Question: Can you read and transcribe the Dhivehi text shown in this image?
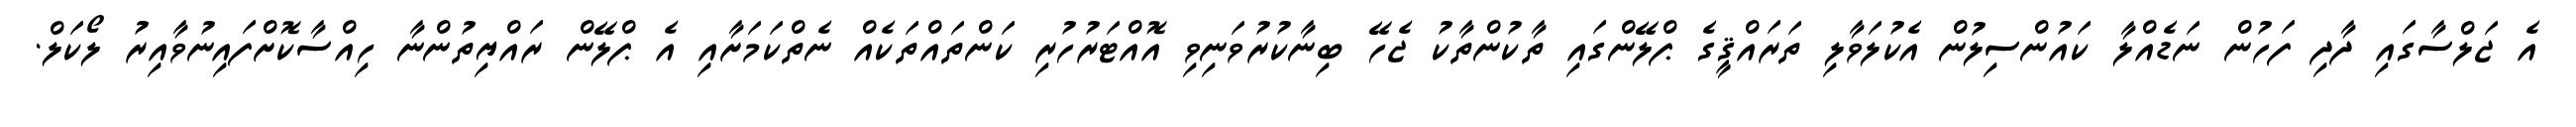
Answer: އެ ޖަލްސާގައި ދާދި ފަހުން ނަޑެއްލާ ކައުންސިލުން އެކުލަވާލި ތަރައްޤީގެ ޕްލޭންގައި ތާކުންތާކު ޖެހޭ ބިނާކުރުވަނިވި އޮއްޓަރުހުރި ކަންތައްތަކެއް ނެތްކަމަށާއި އެ ޕްލޭން ރައްޔިތުންނާ ހިއްސާކޮށްފައިނުވާއިރު ލޯކަލް.